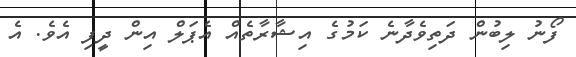
ފޯނު ލިބުން ދަތިވެދާނެ ކަމުގެ އިޝާރާތެއް އެޕަލް އިން ދީފި އެވެ. އެ